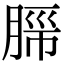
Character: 𬛂